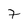
Character: 7